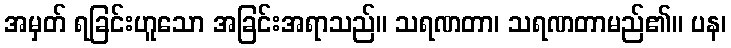
အမှတ် ရခြင်းဟူသော အခြင်းအရာသည်။ သရဏတာ၊ သရဏတာမည်၏။ ပန၊